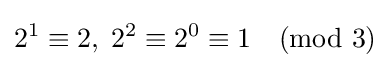
2^{1}\equiv 2,\;2^{2}\equiv 2^{0}\equiv 1{\pmod {3}}